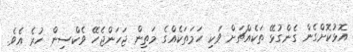
އޮޅުކޮށްގެން ގެންގުޅޭ ތަކެއްޗަށް ވަކި ހަމަތަކެއްގެ މަތިން ޖަހަންޖެހޭ ވެކްސިން ހުރެ އެވެ.